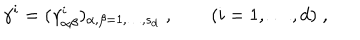
LaTeX: \gamma ^ { i } = ( \gamma _ { \alpha \beta } ^ { i } ) _ { \alpha , \beta = 1 , \ldots , s _ { d } } \; , \qquad ( i = 1 , \ldots , d ) \; ,